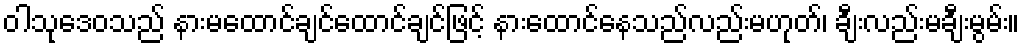
ဝါသုဒေဝသည် နားမထောင်ချင်ထောင်ချင်ဖြင့် နားထောင်နေသည်လည်းမဟုတ်၊ ချီးလည်းမချီးမွမ်း။